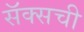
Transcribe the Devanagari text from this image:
सॅक्सची